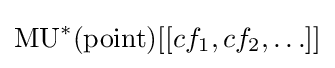
\operatorname {MU} ^{*}({\text{point}})[[cf_{1},cf_{2},\ldots ]]